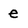
Character: e